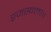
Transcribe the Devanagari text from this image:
रजस्वला।।